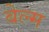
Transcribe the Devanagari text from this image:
बेल्म